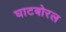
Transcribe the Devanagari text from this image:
घाटबोरल